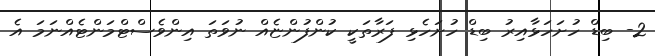
2- ބިޑް ހުށަހަޅާއިރު ބިޑް ހުށަހެޅި ފަރާތަކީ ކުންފުންޏެއް ނުވަތަ އިންވެސްޓްމަންޓެއްނަމަ އެ